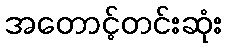
အတောင့်တင်းဆုံး